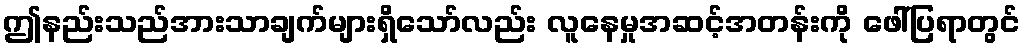
ဤနည်းသည်အားသာချက်များရှိသော်လည်း လူနေမှုအဆင့်အတန်းကို ဖေါ်ပြရာတွင်